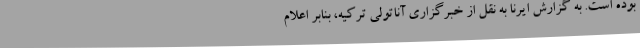
بوده است. به گزارش ایرنا به نقل از خبرگزاری آناتولی ترکیه، بنابر اعلام